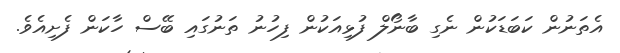
އެތަނުން ކަބަޑަކުން ނެގި ބާނޯލް ފުޅިއަކުން ފިހުނު ތަނުގައި ބޭސް ހާކަން ފެށިއެވެ.